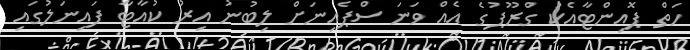
ހަތް ޕޮއިންޓާއެކު ގްރޫޕުގެ އެއް ވަނަ ސްޕެއިނަށް ލިބުނު އިރު ކުއާޓާ ފައިނަލުގައި